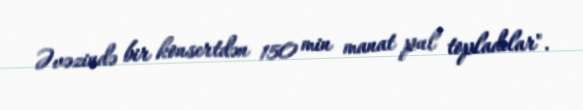
Əvəzində bir konsertdən 150 min manat pul topladılar".